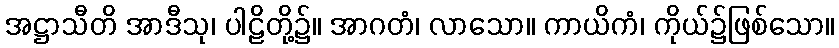
အဋ္ဌာသီတိ အာဒီသု၊ ပါဠိတို့၌။ အာဂတံ၊ လာသော။ ကာယိကံ၊ ကိုယ်၌ဖြစ်သော။